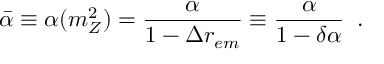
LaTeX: \bar { \alpha } \equiv \alpha ( m _ { Z } ^ { 2 } ) = \frac { \alpha } { 1 - \Delta r _ { e m } } \equiv \frac { \alpha } { 1 - \delta \alpha } \; \; .